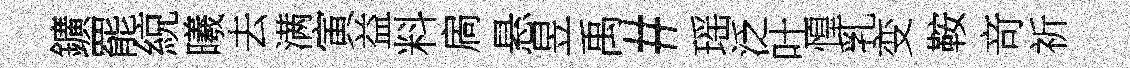
鑛罷綂曦去满寅益料扄悬昱禹#瑶泛吐惶乳变鞍竒祈